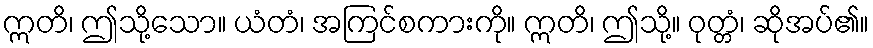
ဣတိ၊ ဤသို့သော။ ယံတံ၊ အကြင်စကားကို။ ဣတိ၊ ဤသို့။ ဝုတ္တံ၊ ဆိုအပ်၏။